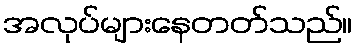
အလုပ်များနေတတ်သည်။